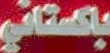
باكستاني